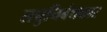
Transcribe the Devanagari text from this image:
लघुनिबंधकार